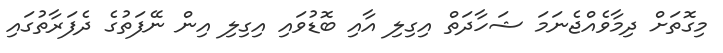
މިގޮތަށް ދިމާވެއްޖެނަމަ ޝަހާދަތް އިގިލި އާއި ބޮޑުވައި އިގިލި އިން ނޭފަތުގެ ދެފަރާތުގައި